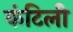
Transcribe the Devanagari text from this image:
कंटिली